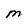
Character: M